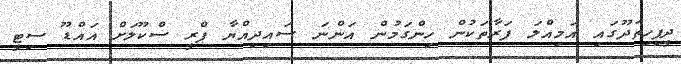
ދީފިހިތަދޫޫގައި އަމިއްލަ ފަރާތަކުން ހިންގަމުން އަންނަ ސައިދިއްޔާ ޕްރީ ސްކޫލަށް އައްޑޫ ސިޓީ